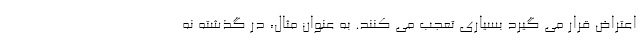
اعتراض قرار می گیرد بسیاری تعجب می کنند. به عنوان مثال، در گذشته نه